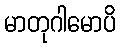
မာတုဂါမောပိ